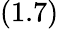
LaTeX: (1.7)